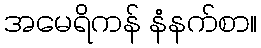
အမေရိကန် နံနက်စာ။